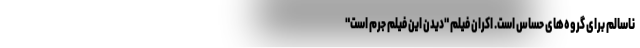
ناسالم برای گروه‌های حساس است. اکران فیلم "دیدن این فیلم جرم است"